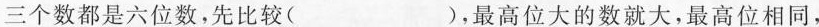
三个数都是六位数，先比较( )，最高位大的数就大，最高位相同，